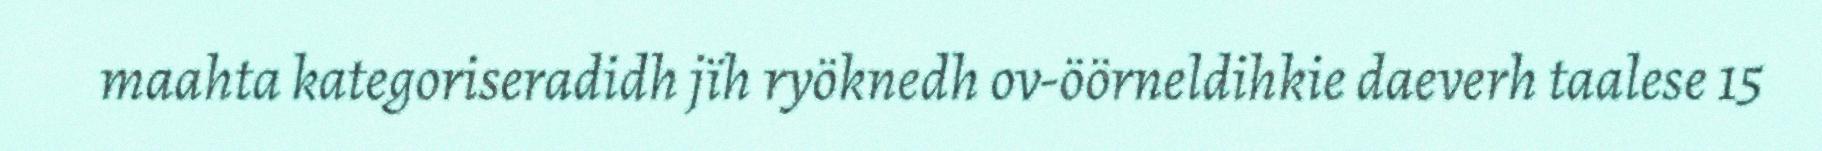
maahta kategoriseradidh jïh ryöknedh ov-öörneldihkie daeverh taalese 15